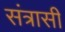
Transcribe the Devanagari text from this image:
संत्रासी